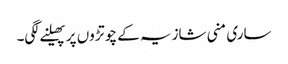
ساری منی شازیہ کے چوتڑوں پر پھیلنے لگی۔